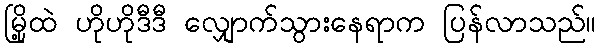
မြို့ထဲ ဟိုဟိုဒီဒီ လျှောက်သွားနေရာက ပြန်လာသည်။